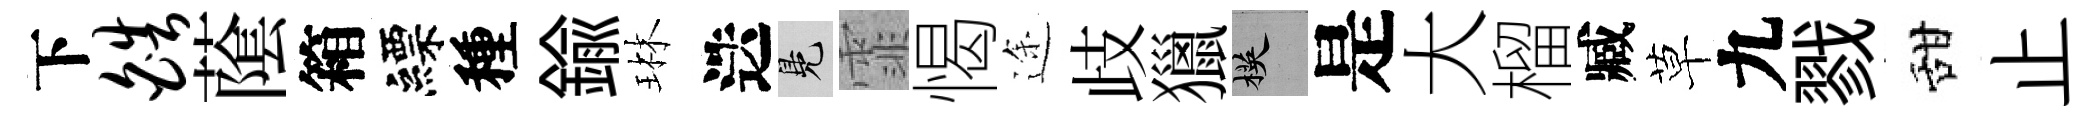
下皓䕃箱縹種鍮琳迭鳬霏愒途歧獵楧是大榴臧草九戮甜止